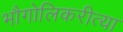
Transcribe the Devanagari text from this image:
भौगोलिकरीत्या